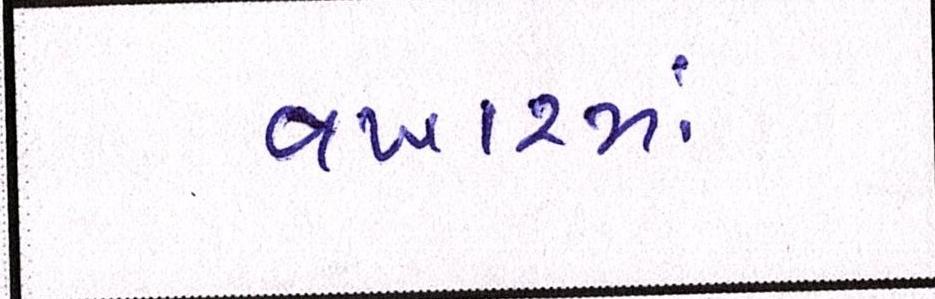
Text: વખારમાં